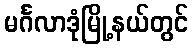
မင်္ဂလာဒုံမြို့နယ်တွင်